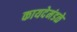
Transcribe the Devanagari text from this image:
कायदेमंडळे